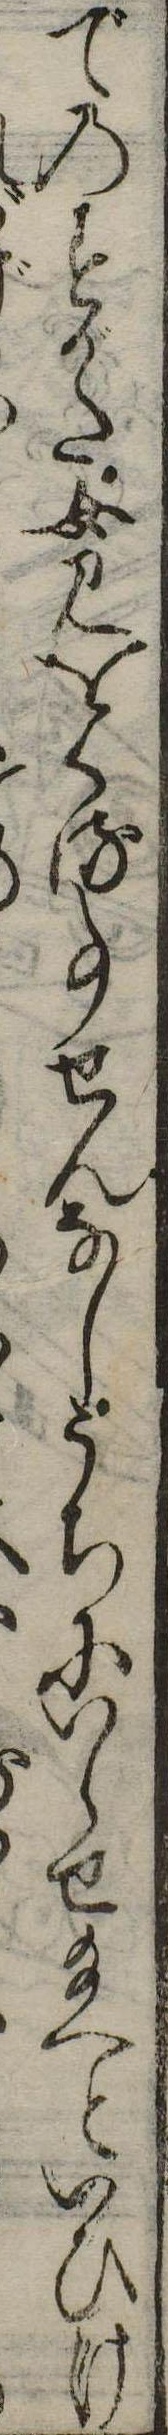
でのすがた女見をくる事せんなしうちにいらせ給へといひけ